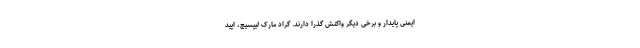
ایمنی پایدار و برخی دیگر واکنش گذرا دارند. گراد مارک لیپسیچ، اپید